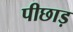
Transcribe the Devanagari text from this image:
पीछाड़